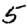
Digit: 5